Code of medical and sanitary regulations for the guidance of medical officers serving in the Madras Presidency - Volume II
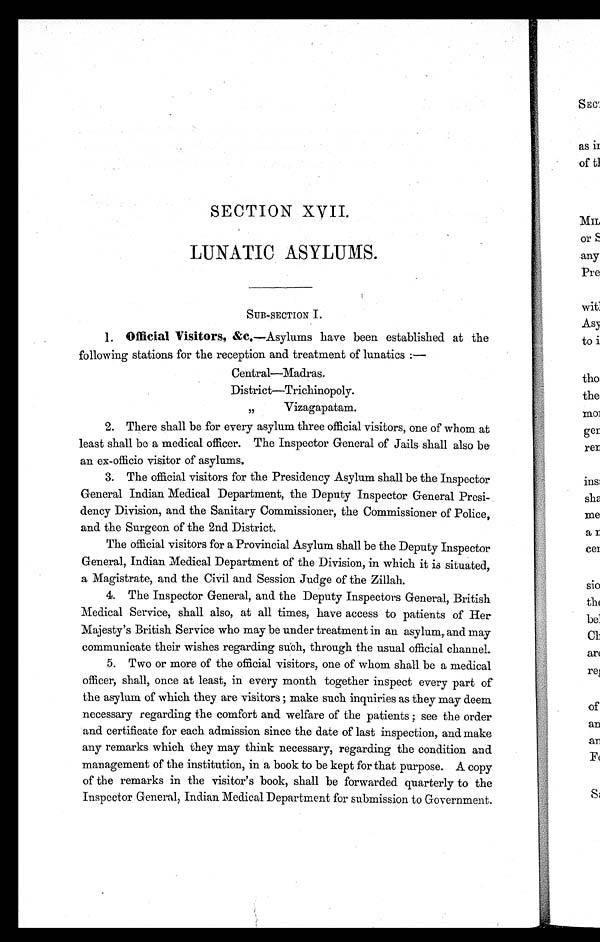
S SECTION XVII
LUNATIC ASYLUMS.
SUB-SECTION I.
1 .
O f f i c i a l V i s i t o r s , & c .
— A s y l u m s h a v e b e e n e s t a b l i s h e d a t t h e
following stations for the reception and treatment of lunatics : —
Central—Madras.
District—Trichinopoly.
, , V i z a g a p a t a m .
2 . T h e r e s h a l l b e f o r e v e r y a s y l u m t h r e e o f f i c i a l v i s i t o r s , o n e o f w h o m a t
least shall be a medical officer. The Inspector General of Jails shall also be
an ex-officio visitor of asylums.
3 . T h e o f f i c i a l v i s i t o r s f o r t h e P r e s i d e n c y A s y l u m s h a l l b e t h e I n s p e c t o r
General Indian Medical Department, the Deputy Inspector General Presi
- d e n c y D i v i s i o n , a n d t h e S a n i t a r y C o m m i s s i o n e r , t h e C o m m i s s i o n e r o f P o l i c e ,
and the Surgeon of the 2nd District.
The official visitors for a Provincial Asylum shall be the Deputy Inspector
General, Indian Medical Department of the Division, in which it is situated,
a Magistrate, and the Civil and Session Judge of the Zillah.
4. The Inspector General, and the Deputy Inspectors General, British
Medical Service, shall also, at all times, have access to patients of Her
Majesty's British Service who may be under treatment in an asylum, and may
communicate their wishes regarding such, through the usual official channel.
5. Two or more of the official visitors, one of whom shall be a medical
officer, shall, once at least, in every month together inspect every part of
the asylum of which they are visitors; make such inquiries as they may deem
necessary regarding the comfort and welfare of the patients; see the order
and certificate for each admission since the date of last inspection, and make
any remarks which they may think necessary, regarding the condition and
management of the institution, in a book to be kept for that purpose. A copy
of the remarks in the visitor's book, shall be forwarded quarterly to the
Inspector General, Indian Medical Department for submission to Government.